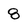
Character: 8